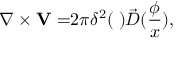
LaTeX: \nabla \times { \bf V = } 2 \pi \delta ^ { 2 } ( { \bf \phi } ) \vec { D } ( \frac \phi x ) ,